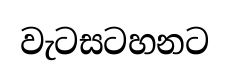
වැටසටහනට